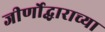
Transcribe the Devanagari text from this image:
जीर्णोद्धाराच्या